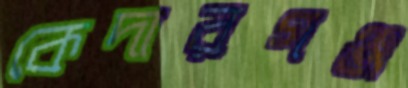
কেদারগঞ্জ